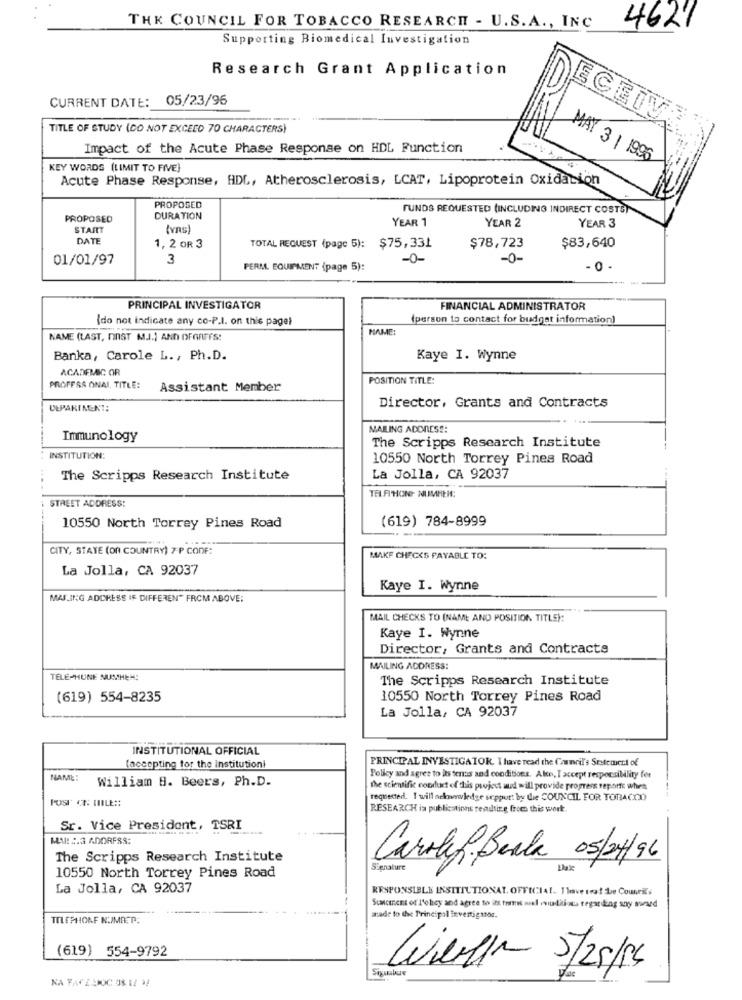
THE COUNCIL FOR TOBACCO RESEARCH - U.S. A ., INC
4627
Supporting Biomedical Investigation
Research Grant Application
CURRENT DATE: 05/23/96
TITLE OF STUDY (DO NOT EXCEED 70 CHARACTERS)
Impact of the Acute Phase Response on HDL Function
MAY 3 1 1996
KEY WORDS (LIMIT TO FIVE}
Acute Phase Response, HDL, Atherosclerosis, LCAT, Lipoprotein Oxidation
PROPOSED
FUNDS REQUESTED (INCLUDING INDIRECT COSTS)
PROPOSED
DURATION
YEAR 1
YEAR 2
START
(vns)
YEAR 3
DATE
$83,640
1, 2 OR 3
TOTAL REQUEST (page 5): $75,331
$78,723
01/01/97
3
-0-
-0-
PERM. EQUIPMENT (page 5):
- 0 -
PRINCIPAL INVESTIGATOR
FINANCIAL ADMINISTRATOR
(do not indicate any co-P.l. on this pagel
(person to contact for budget information)
NAME:
NAME (LAST, DIST MJ.] AND OFORFFS!
Banka, Carole L ., Ph.D.
Kaye I. Wynne
ACADEMIC OR
POSITION TITLE:
PROFFSA ONAI, TITLE:
Assistant Member
DEPARTMENT:
Director, Grants and Contracts
MAILING ADDRESS:
Immunology
The Scripps Research Institute
INSTITUTION:
10550 North Torrey Pines Road
The Scripps Research Institute
La Jolla, CA 92037
STREET ADDRESS:
TELFIHONE NUMMER:
(619) 784-8999
10550 North Torrey Pines Road
CITY, STATE (ON COUNTRY) 7 P CONF:
MAKE CHECKS PAYABLE TO:
La Jolla, CA 92037
Kaye I. Wynne
MAILING ADDRESS IF DIFFEREN" FROM ABOVE:
MAIL CHECKS TO (NAME AND POSITION TITLE):
Kaye I. Wynne
Director, Grants and Contracts
MAILING ADDRESS:
TELE-HUNE NUMHEN:
The Scripps Research Institute
(619) 554-8235
10550 North Torrey Pines Road
La Jolla, CA 92037
INSTITUTIONAL OFFICIAL
(accepting for the institutioni
PRINCIPAL INVESTIGATOR. Ihave read the Council's Statement of
NAME:
William B. Beers, Ph.D.
Policy and agree to its tenus and conditions. Akce, I accept responsibility for
the scientific conduct of this project and will provide progress report: when
POST CT: WHILE ::
requested. I will ackwwwwledge seppur: by die COUNCIL FOR TOBACCO
RESEARCH is publications resulting from this work.
Sr. Vice President, TSRI
MAIL :. 3 ADORFSS:
The Scripps Research Institute
Carolef, Baala 05/24/96
10550 North Torrey Pines Road
Signature
Dax
La Jolla, CA 92037
RESPONSIBLE INSITIUTIONAT. OFFICIAL. I love trat De Courts
SUMCEneEt of l'olcy and agree to its forms nil mutations regar ding any sured
TELEPHONE NUMBER:
asade to the Principal investigator.
(619) 554-9792
Wieder 5/25/14